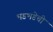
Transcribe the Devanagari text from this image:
भडभडेची